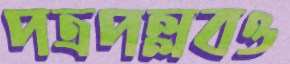
পত্রপল্লবও